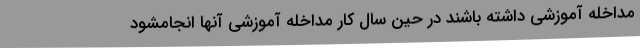
مداخله آموزشی داشته باشند در حین سال کار مداخله آموزشی آنها انجامشود